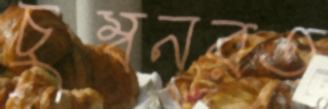
চুম্বনরত